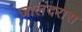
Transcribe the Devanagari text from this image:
जालंदरास